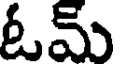
ఓమ్